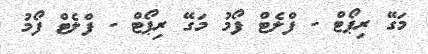
މަގޭ ރިޕޯޓް - ފްލެޓް ފޯމު މަގޭ ރިޕޯޓް - ފްލެޓް ފޯމު